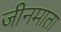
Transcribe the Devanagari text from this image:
जीनमाता